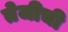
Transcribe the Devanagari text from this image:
तेजीची